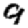
Digit: 9